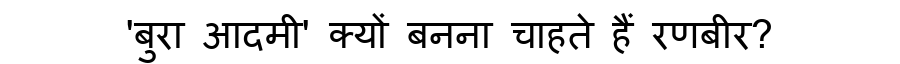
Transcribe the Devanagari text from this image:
'बुरा आदमी' क्यों बनना चाहते हैं रणबीर?